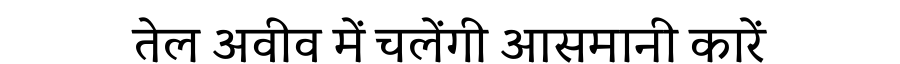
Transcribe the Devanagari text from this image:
तेल अवीव में चलेंगी आसमानी कारें